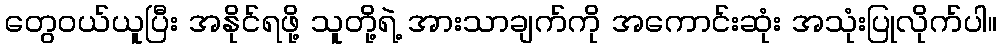
တွေ၀ယ်ယူပြီး အနိုင်ရဖို့ သူတို့ရဲ့ အားသာချက်ကို အကောင်းဆုံး အသုံးပြုလိုက်ပါ။